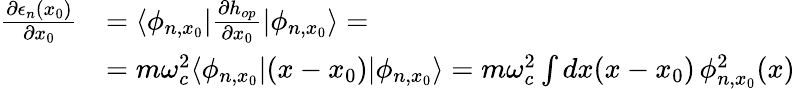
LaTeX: \begin{array}{rl}{\frac{\partial\epsilon_{n}(x_{0})}{\partial x_{0}}}&{=\langle\phi_{n,x_{0}}|\frac{\partial h_{op}}{\partial x_{0}}|\phi_{n,x_{0}}\rangle=}\\ &{=m\omega_{c}^{2}\langle\phi_{n,x_{0}}|(x-x_{0})|\phi_{n,x_{0}}\rangle=m\omega_{c}^{2}\int dx(x-x_{0})\, \phi_{n,x_{0}}^{2}(x)}\end{array}